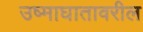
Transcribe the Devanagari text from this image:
उष्माघातावरील